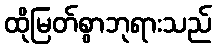
ထိုမြတ်စွာဘုရားသည်